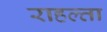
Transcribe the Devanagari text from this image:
राहल्ता